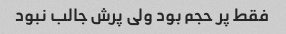
فقط پر حجم بود ولی پرش جالب نبود